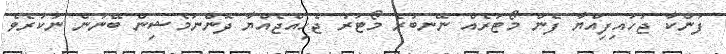
ފަންކާ ޖަހައިފިއްޔާ ފެން މޯޓަރެއް ނޭނބުރެ މޯޓަރު ޖެހިއްޖެއްޔާ ދޮންނަމެޝިން ބޭނުން ނުކުރެވެ